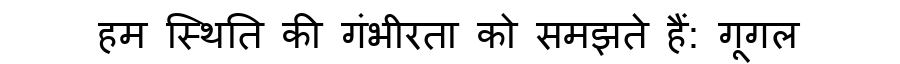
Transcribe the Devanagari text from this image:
हम स्थिति की गंभीरता को समझते हैं: गूगल